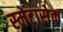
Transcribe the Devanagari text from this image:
स्मेटासेक